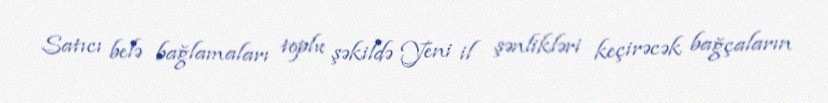
Satıcı belə bağlamaları toplu şəkildə Yeni il şənlikləri keçirəcək bağçaların